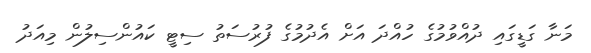
މަނާ ގަޑީގައި ދުއްވުމުގެ ހުއްދަ އަށް އެދުމުގެ ފުރުސަތު ސިޓީ ކައުންސިލުން މިއަދު